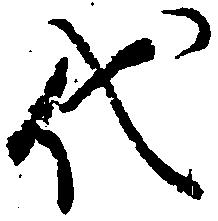
代